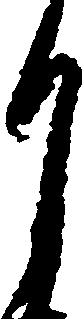
月